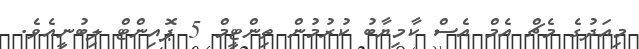
މިއަދުގެ މެޗް އެމް އެސް ކާމިޔާބު ކުރުމުން ތިންޓީމް 5 ޕޮއިންޓް ލިބުނީއެވެ.